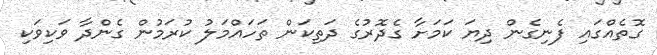
ގޮތެއްގައި ފެނިގެން ދިޔަ ކަމަށާ ގެދޮރުގެ ދަތިކަން ތަހައްމަލު ކުރަމުން ގެންދާ ވަކިވަކި